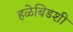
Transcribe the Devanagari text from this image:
हळेबिडशी